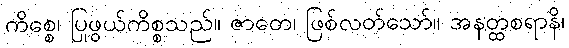
ကိစ္စေ၊ ပြုဖွယ်ကိစ္စသည်။ ဇာတေ၊ ဖြစ်လတ်သော်။ အနတ္ထစရာနိ၊